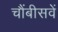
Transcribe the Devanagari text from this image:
चौंबीसवें